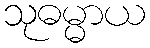
သုဓမ္မာယ